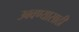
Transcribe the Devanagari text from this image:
उबवण्यासाठी